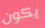
يكون